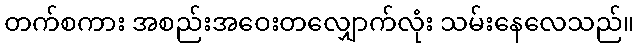
တက်စကား အစည်းအဝေးတလျှောက်လုံး သမ်းနေလေသည်။